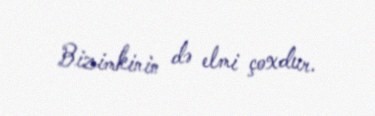
Bizimkinin də elmi çoxdur.